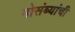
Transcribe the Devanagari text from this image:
मोसंब्यांची